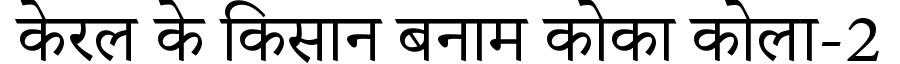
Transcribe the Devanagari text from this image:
केरल के किसान बनाम कोका कोला-2